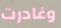
وغادرت